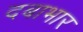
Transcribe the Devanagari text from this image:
दबाभार